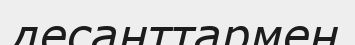
десанттармен